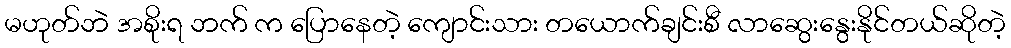
မဟုတ်ဘဲ အစိုးရ ဘက် က ပြောနေတဲ့ ကျောင်းသား တယောက်ချင်းစီ လာဆွေးနွေးနိုင်တယ်ဆိုတဲ့